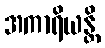
အကာရိယန္တိ